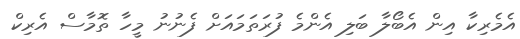
އެމެރިކާ އިން އެބޯލާ ބަލި އެންމެ ފުރަތަމައަށް ފެނުނު މީހާ ތޮމާސް އެރިކް